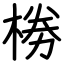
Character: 椦